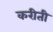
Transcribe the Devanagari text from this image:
करीती